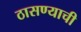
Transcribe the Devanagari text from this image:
ठासण्याची